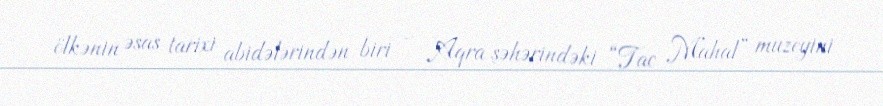
ölkənin əsas tarixi abidələrindən biri - Aqra şəhərindəki “Tac Mahal” muzeyini